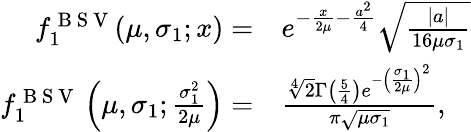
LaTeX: \begin{array}{rl}{f_{1}^{\mathrm{~B~S~V~}}(\mu,\sigma_{1};x)=}&{{}e^{-\frac{x}{2\mu}-\frac{a^{2}}4}\sqrt{\frac{|a|}{16\mu\sigma_{1}}}}\\ {f_{1}^{\mathrm{~B~S~V~}}\left(\mu,\sigma_{1};\frac{\sigma_{1}^{2}}{2\mu}\right)=}&{{}\frac{\sqrt[4]{2}\Gamma\left(\frac{5}{4}\right)e^{-\left(\frac{\sigma_{1}}{2\mu}\right)^{2}}}{\pi\sqrt{\mu\sigma_{1}}},}\end{array}